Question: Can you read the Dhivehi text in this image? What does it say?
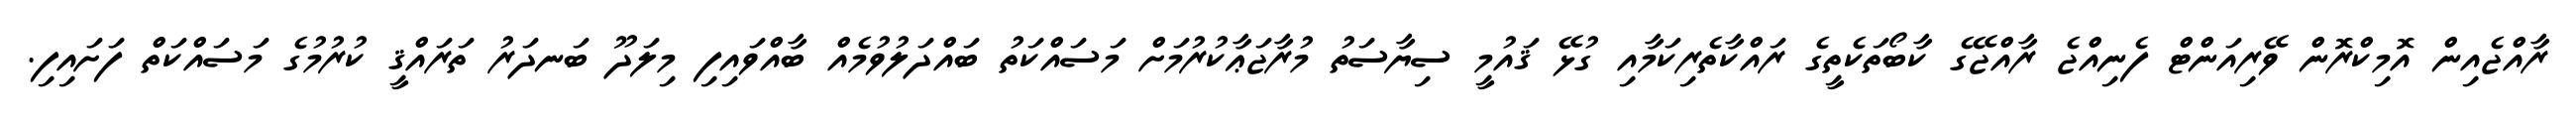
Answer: ރާއްޖެއިން އޮމިކްރޮން ވޭރިއަންޓް ފެނިއްޖެ ރާއްޖޭގެ ކާބޯތަކެތީގެ ރައްކާތެރިކަމާއި ގުޅޭ ޤައުމީ ސިޔާސަތު މުރާޖަޢާކުރުމަށް މަސައްކަތު ބައްދަލުވުމެއް ބާއްވައިފި މިލަދޫ ބަނދަރު ތަރައްޤީ ކުރުމުގެ މަސައްކަތް ފަށައިފި.